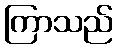
ကြာသည်